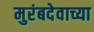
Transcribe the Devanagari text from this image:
मुरंबदेवाच्या